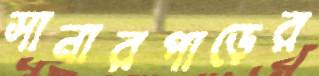
সানারপাড়ের